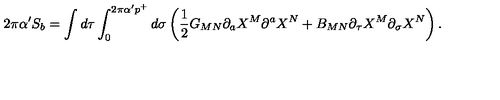
2 \pi \alpha ^ { \prime } S _ { b } = \int d \tau \int _ { 0 } ^ { 2 \pi \alpha ^ { \prime } p ^ { + } } d \sigma \left( { \frac { 1 } { 2 } } G _ { M N } \partial _ { a } X ^ { M } \partial ^ { a } X ^ { N } + B _ { M N } \partial _ { \tau } X ^ { M } \partial _ { \sigma } X ^ { N } \right) .